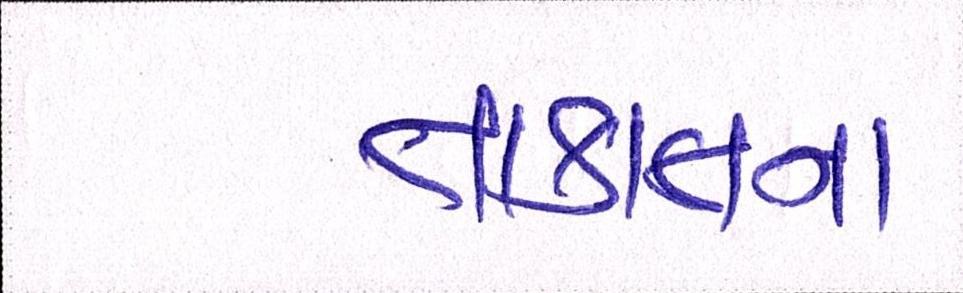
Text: તાકાતના